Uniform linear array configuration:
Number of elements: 4
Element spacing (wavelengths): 0.75
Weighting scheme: binomial
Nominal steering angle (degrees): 15
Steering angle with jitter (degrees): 14.006
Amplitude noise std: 0.05
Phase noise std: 0.05

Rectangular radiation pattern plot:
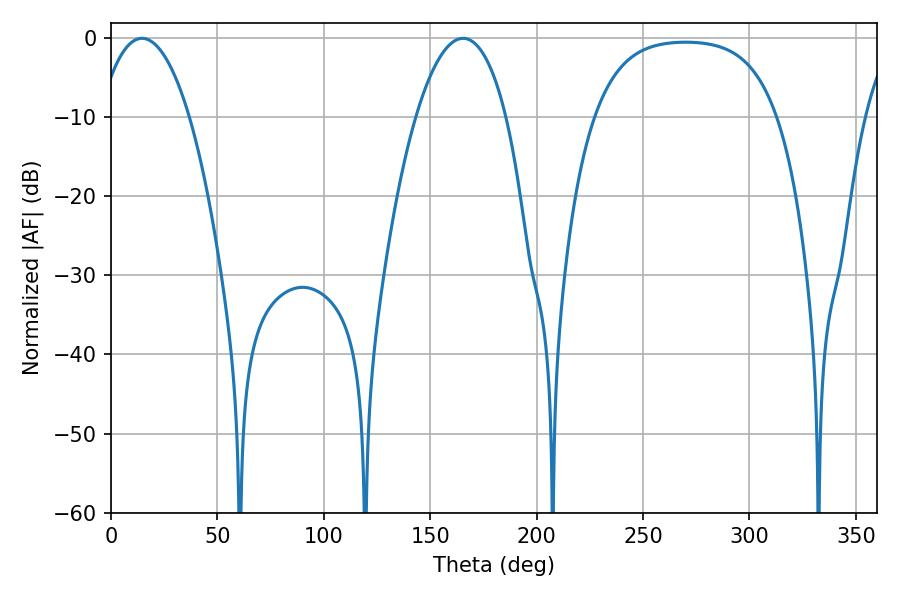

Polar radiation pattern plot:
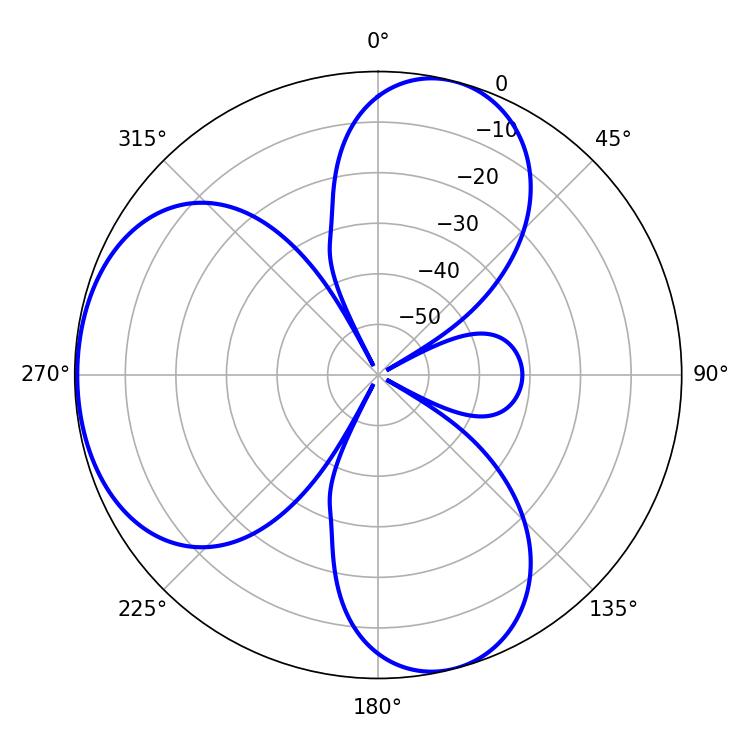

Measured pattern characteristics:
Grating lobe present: TRUE
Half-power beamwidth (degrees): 23.58
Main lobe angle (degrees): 14.58